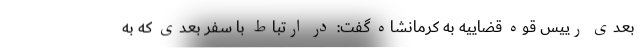
بعدی رییس قوه قضاییه به کرمانشاه گفت: در ارتباط با سفر بعدی که به